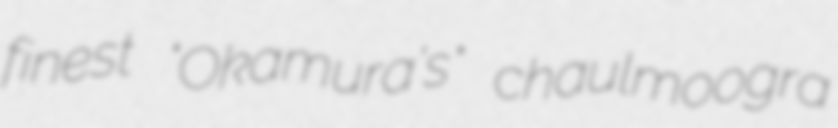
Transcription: finest "Okamura's" chaulmoogra